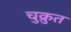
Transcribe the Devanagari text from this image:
चुक्रुत